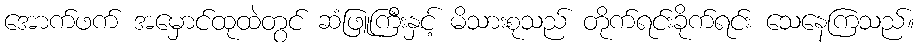
အောက်ဖက် အမှောင်ထုထဲတွင် ဆံဖြူကြီးနှင့် မိသားစုသည် တိုက်ရင်းခိုက်ရင်း သေနေကြသည်။